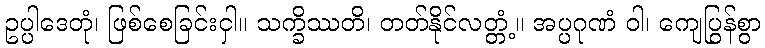
ဥပ္ပါဒေတုံ၊ ဖြစ်စေခြင်းငှါ။ သက္ခိဿတိ၊ တတ်နိုင်လတ္တံ့။ အပ္ပဂုဏံ ဝါ၊ ကျေပြွန်စွာ